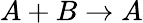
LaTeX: A+B\rightarrow A